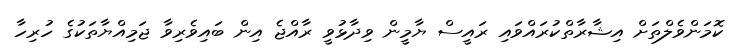
ކޮމަންވެލްތަށް އިޝާރާތްކުރައްވައި ރައީސް ޔާމީން ވިދާޅުވީ ރާއްޖެ އިން ބައިވެރިވާ ޖަމިއްޔާތަކުގެ ހުރިހާ